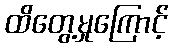
ထိတွေ့မှုကြောင့်